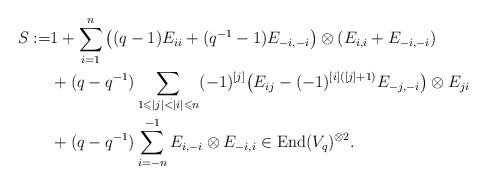
\begin{align*}S:=&1+\sum\limits_{i=1}^n\big((q-1)E_{ii}+(q^{-1}-1)E_{-i,-i}\big)\otimes (E_{i,i}+E_{-i,-i})\\&+(q-q^{-1})\sum\limits_{1\leqslant|j|<|i|\leqslant n}(-1)^{[j]}\big(E_{ij}-(-1)^{[i]([j]+1)}E_{-j,-i}\big)\otimes E_{ji}\\&+(q-q^{-1})\sum\limits_{i=-n}^{-1}E_{i,-i}\otimes E_{-i,i}\in\mathrm{End}(V_q)^{\otimes 2}.\end{align*}